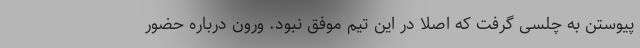
پیوستن به چلسی گرفت که اصلا در این تیم موفق نبود. ورون درباره حضور